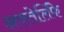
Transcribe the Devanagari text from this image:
अफ्तेर्लिफे